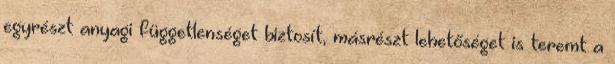
egyrészt anyagi függetlenséget biztosít, másrészt lehetőséget is teremt a